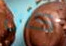
كان